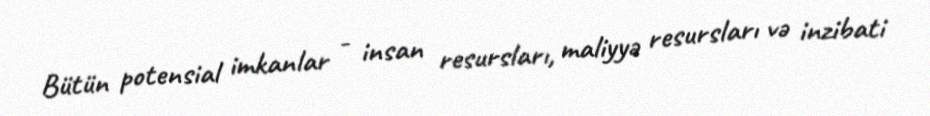
Bütün potensial imkanlar - insan resursları, maliyyə resursları və inzibati